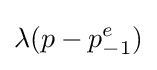
\lambda (p-p_{-1}^{e})